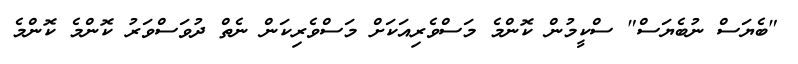
"ބެޔަސް ނުބެޔަސް" ސްކީމުން ކޮންމެ މަސްވެރިއަކަށް މަސްވެރިކަން ނެތް ދުވަސްވަރު ކޮންމެ ކޮންމެ